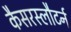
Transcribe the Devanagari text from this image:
कैसरस्लौटर्न